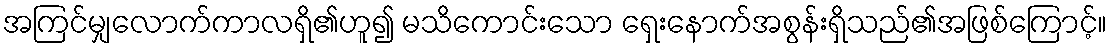
အကြင်မျှလောက်ကာလရှိ၏ဟူ၍ မသိကောင်းသော ရှေးနောက်အစွန်းရှိသည်၏အဖြစ်ကြောင့်။